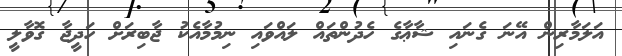
އަލަމާރިން އޭނަ ގެނައި ޝާޢާގެ ހެދުންތައް ލައްވައި ނިމުމާއެކު ޖާބިރަށް ހަދީޖާ ގޮވާލީ